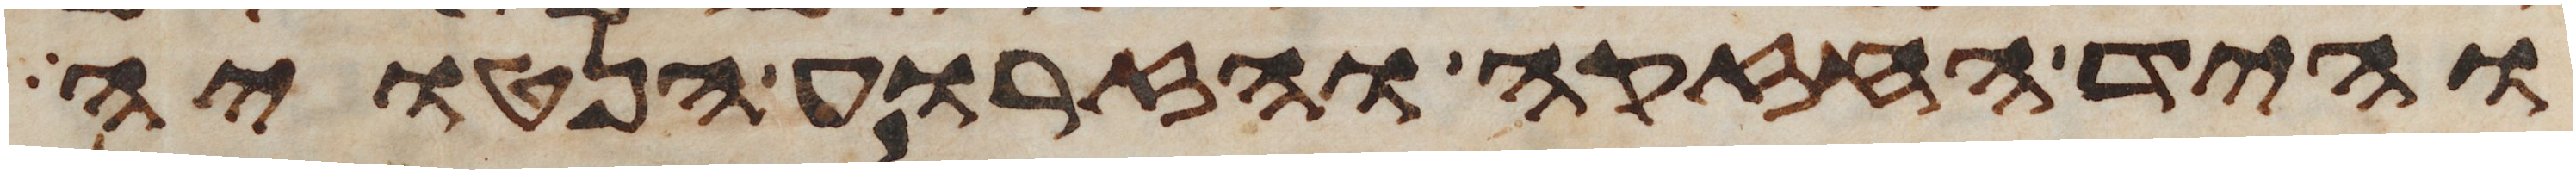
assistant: והיד החזקה והזרוע הנטויה